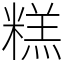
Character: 糕